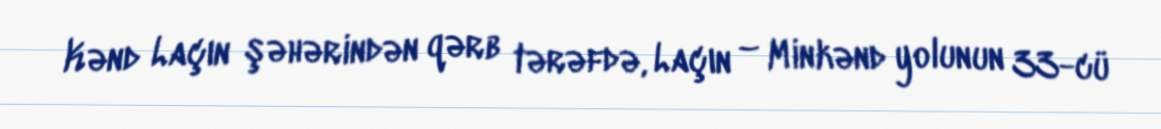
Kənd Laçın şəhərindən qərb tərəfdə, Laçın – Minkənd yolunun 33-cü